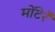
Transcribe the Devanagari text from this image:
मोंटेर्रे